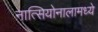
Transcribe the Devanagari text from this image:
नात्सियोनालामध्ये